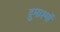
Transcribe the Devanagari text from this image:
द्रुमाश्मों